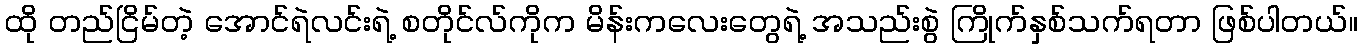
ထို တည်ငြိမ်တဲ့ အောင်ရဲလင်းရဲ့ စတိုင်လ်ကိုက မိန်းကလေးတွေရဲ့ အသည်းစွဲ ကြိုက်နှစ်သက်ရတာ ဖြစ်ပါတယ်။